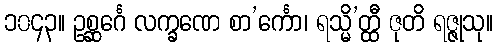
၁၀၄၃။ ဥစ္ဆင်္ဂေ လက္ခဏေ စာ’င်္ကော၊ ရသ္မိ’တ္ထီ ဇုတိ ရဇ္ဇုသု။